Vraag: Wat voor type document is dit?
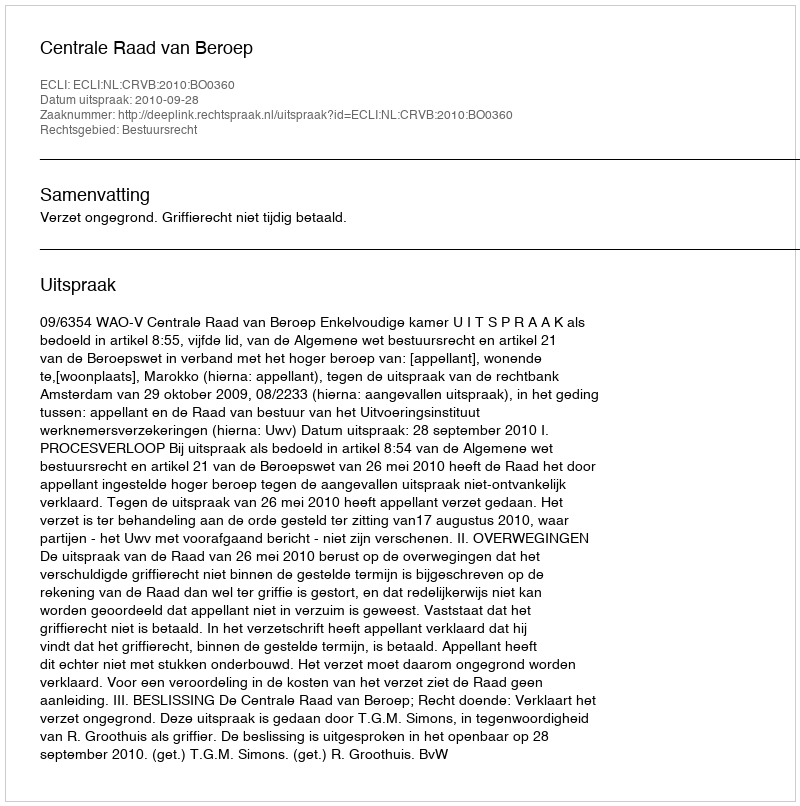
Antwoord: Uitspraak